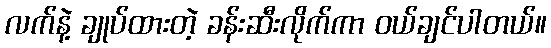
လက်နဲ့ ချုပ်ထားတဲ့ ခန်းဆီးလိုက်ကာ ဝယ်ချင်ပါတယ်။